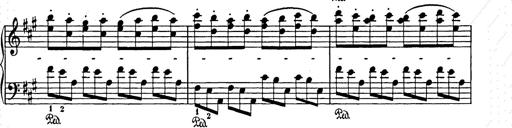
Title: Weihnachtsbaum
Composer: Franz Liszt